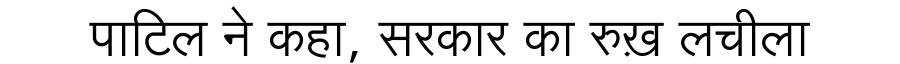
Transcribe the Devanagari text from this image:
पाटिल ने कहा, सरकार का रुख़ लचीला